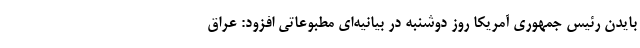
بایدن رئیس جمهوری آمریکا روز دوشنبه در بیانیه‌ای مطبوعاتی افزود: عراق